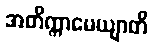
အတိက္ကာမေယျာတိ